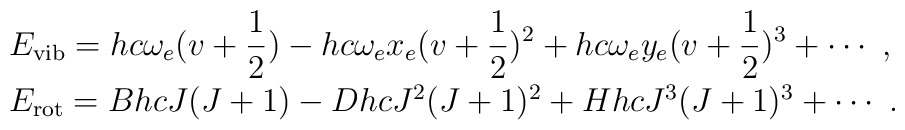
\begin{array}{l}E_{\rm vib}=\displaystyle hc\omega_e(v+{1\over 2})-hc\omega_ex_e(v+{1\over2})^{2}+hc\omega_ey_e(v+{1\over 2})^3+\cdots~,\\[2mm]E_{\rm rot}=BhcJ(J+1)-DhcJ^2(J+1)^2+HhcJ^3(J+1)^3+\cdots~.\end{array}